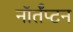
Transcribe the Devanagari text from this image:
नॉर्तँप्टन